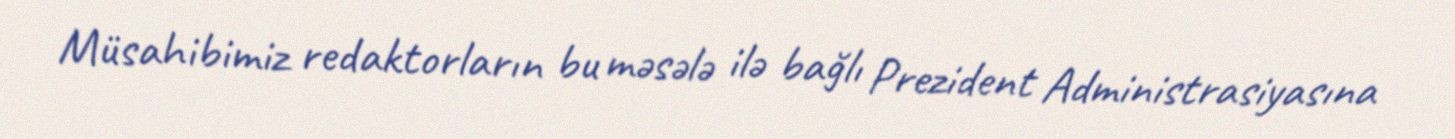
Müsahibimiz redaktorların bu məsələ ilə bağlı Prezident Administrasiyasına